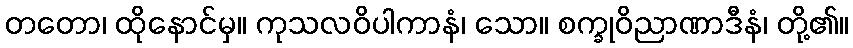
တတော၊ ထိုနောင်မှ။ ကုသလဝိပါကာနံ၊ သော။ စက္ခုဝိညာဏာဒီနံ၊ တို့၏။